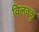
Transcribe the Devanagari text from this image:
विलक्कु